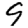
Digit: 9